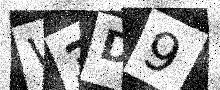
Text: W3D9